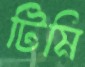
টিমি